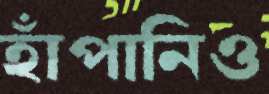
হাঁপানিও